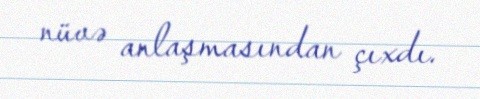
nüvə anlaşmasından çıxdı.